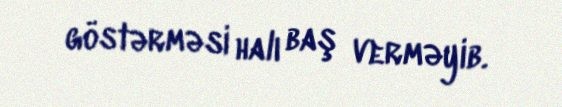
göstərməsi halı baş verməyib.